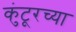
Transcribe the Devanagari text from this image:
कुंटूरच्या